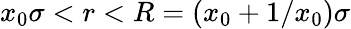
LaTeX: x_{0}\sigma<r<R=(x_{0}+1/x_{0})\sigma